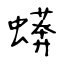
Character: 蠎